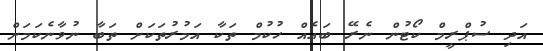
އަދި ސުޕްރީމް ކޯޓުން ނެރޭ ބައެއް ހުކުމް ތަކާ އަމުރުތަކަށް ތަބާ ނުވާނެކަމަށް